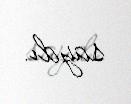
saydı.